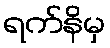
ရက်နိမှ